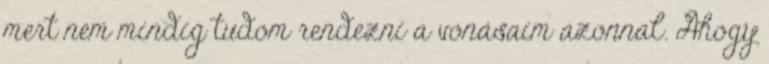
mert nem mindig tudom rendezni a vonásaim azonnal. Ahogy